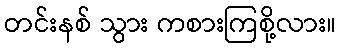
တင်းနစ် သွား ကစားကြစို့လား။